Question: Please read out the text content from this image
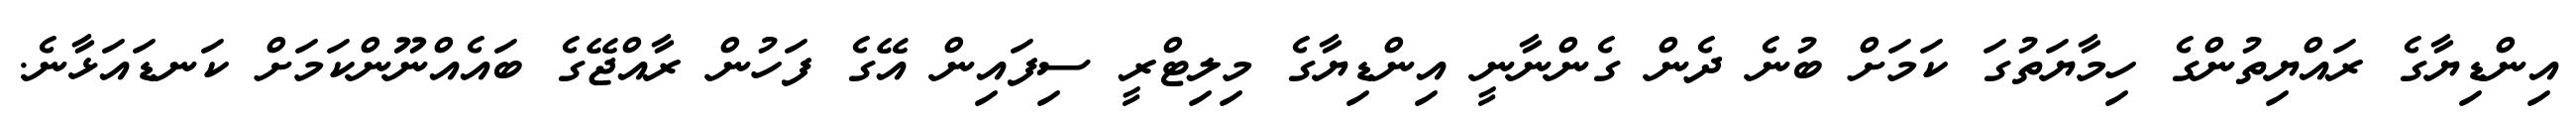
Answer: އިންޑިޔާގެ ރައްޔިތުންގެ ހިމާޔަތުގަ ކަމަށް ބުނެ ދެން ގެންނާނީ އިންޑިޔާގެ މިލިޓްރީ ސިފައިން އޭގެ ފަހުން ރާއްޖޭގެ ބައެއްނޫންކަމަށް ކަނޑައަޅާނެ.